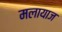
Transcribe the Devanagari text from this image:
मलायाज